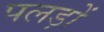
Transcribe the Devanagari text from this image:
पलड़ों